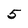
Character: 5